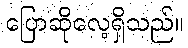
ပြောဆိုလေ့ရှိသည်။